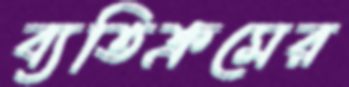
ব্যতিক্রমের